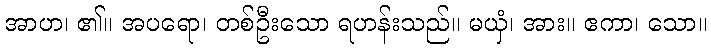
အာဟ၊ ၏။ အပရော၊ တစ်ဦးသော ရဟန်းသည်။ မယှံ၊ အား။ ဧကာ၊ သော။